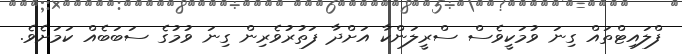
ފްލައިޓްތައް ގިނަ ވުމަކީވެސް ސްރީލަންކާ އަށްދާ ފަތުރުވެރިން ގިނަ ވުމުގެ ސަބަބެއް ކަމަށެވެ.